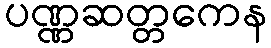
ပဏ္ဏဆတ္တကေန